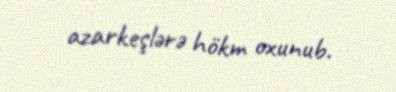
azarkeşlərə hökm oxunub.